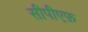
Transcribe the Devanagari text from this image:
सीपीएफ़